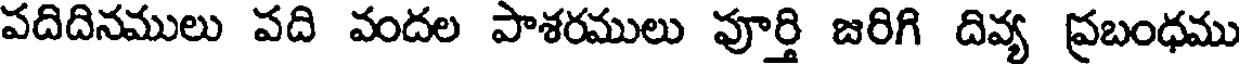
పదిదినములు పది వందల పాశరములు పూర్తి జరిగి దివ్య ప్రబంధము